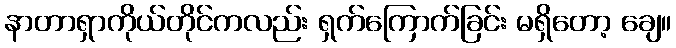
နာတာရှာကိုယ်တိုင်ကလည်း ရှက်ကြောက်ခြင်း မရှိတော့ ချေ။